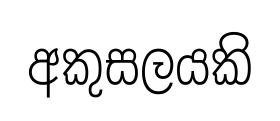
අකුසලයකි